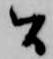
間